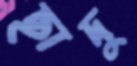
ছাদু